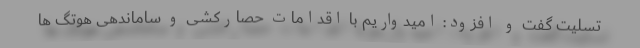
تسلیت گفت و افزود: امیدواریم با اقدامات حصارکشی و ساماندهی هوتگ ها